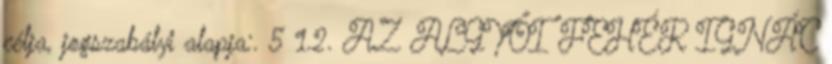
célja, jogszabályi alapja:. 5 1.2. AZ ALGYŐI FEHÉR IGNÁC